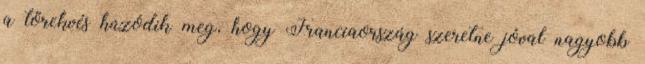
a törekvés húzódik meg, hogy Franciaország szeretne jóval nagyobb